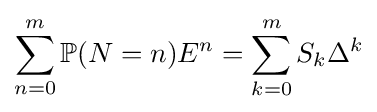
\sum _{n=0}^{m}\mathbb {P} (N=n)E^{n}=\sum _{k=0}^{m}S_{k}\Delta ^{k}